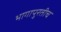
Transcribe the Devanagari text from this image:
भागापुरतीच